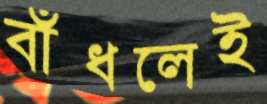
বাঁধলেই